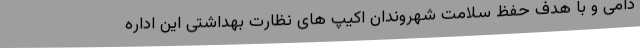
دامی و با هدف حفظ سلامت شهروندان اکیپ های نظارت بهداشتی این اداره